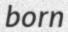
born